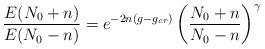
LaTeX: \begin{align*}{ {E(N_0+n)} \over {E(N_0-n)}}= e^{-2n(g-g_{cr})} \left({{N_0+n} \over{N_0-n}} \right)^{\gamma}\end{align*}